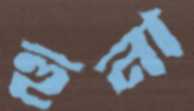
হুনা